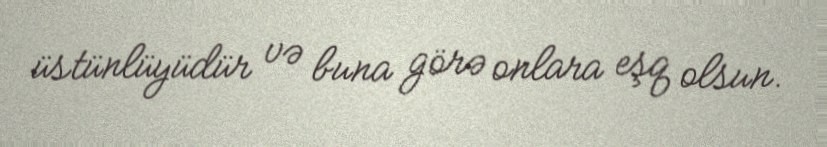
üstünlüyüdür və buna görə onlara eşq olsun.